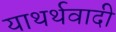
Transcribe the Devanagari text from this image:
याथर्थवादी